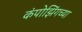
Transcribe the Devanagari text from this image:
कंपोझिंगच्या